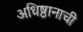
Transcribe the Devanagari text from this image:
अधिष्ठानाची